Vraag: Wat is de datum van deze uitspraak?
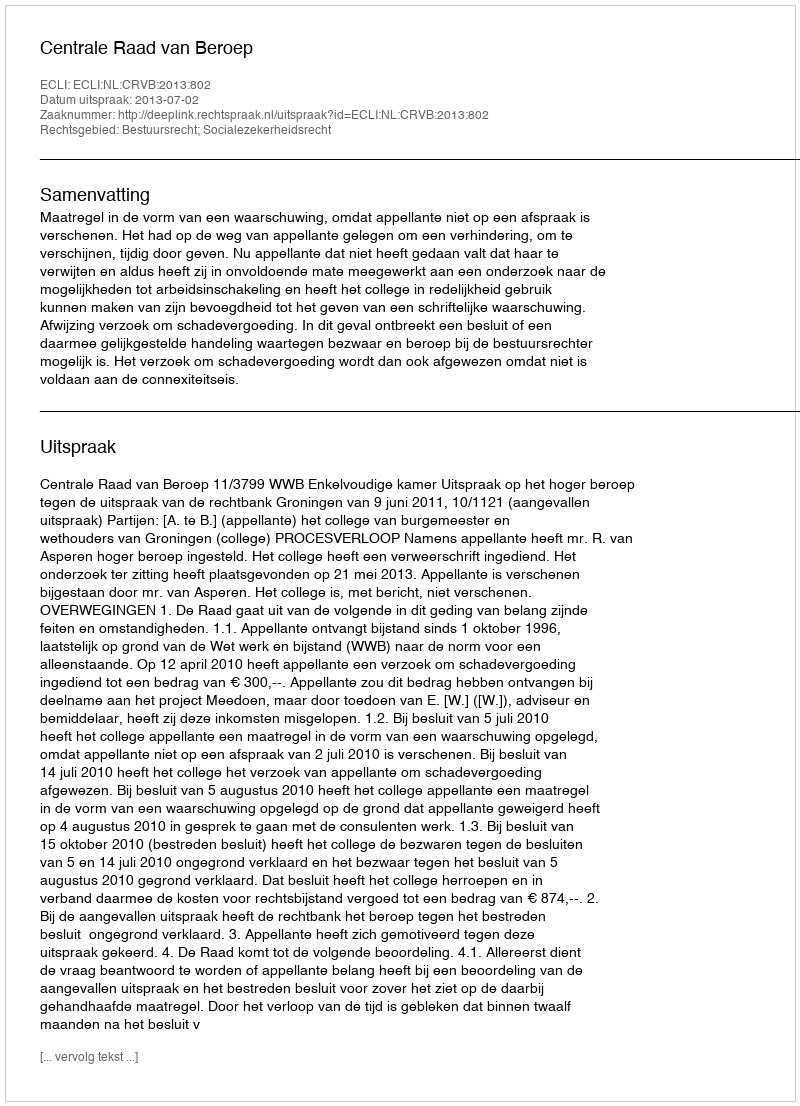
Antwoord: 2013-07-02